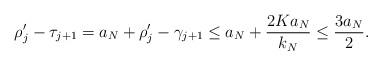
LaTeX: \begin{align*}\rho_j' - \tau_{j+1} = a_N + \rho_j' - \gamma_{j+1} \leq a_N + \frac{2K a_N}{k_N} \leq \frac{3 a_N}{2}.\end{align*}